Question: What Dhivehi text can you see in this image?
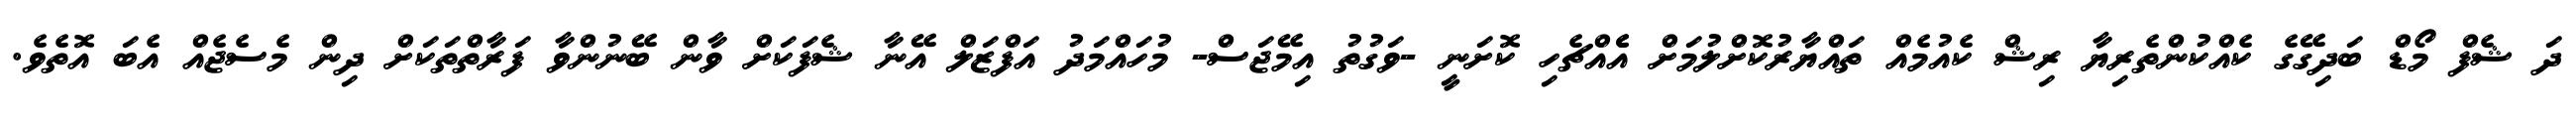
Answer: ދަ ޝެފް މޯޑް ބަދިގޭގެ ކެއްކުންތެރިޔާ ރިޝް ކެއުމެއް ތައްޔާރުކޮށްލުމަށް އެެއްޗެހި ކޮށަނީ -ވަގުތު އިމޭޖަސް- މުހައްމަދު އަފްޒަލް އޭނާ ޝެފަކަށް ވާން ބޭނުންވާ ފަރާތްތަކަށް ދިން މެސެޖެއް އެބަ އޮތެވެ.